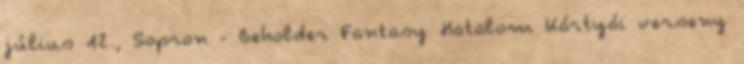
július 12., Sopron - Beholder Fantasy Hatalom Kártyái verseny